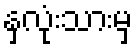
နှလုံးသားမှ